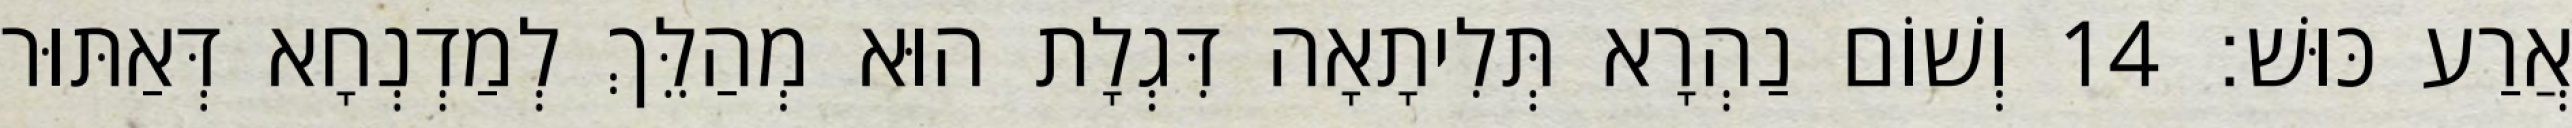
אֲרַע כּוּשׁ׃ 14 וְשׁוֹם נַהְרָא תְּלִיתָאָה דִּגְלָת הוּא מְהַלֵּךְ לְמַדְנְחָא דְּאַתּוּר